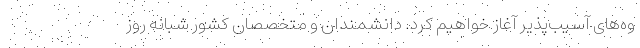
وه‌های آسیب‌پذیر آغاز خواهیم کرد. دانشمندان و متخصصان کشور شبانه روز